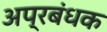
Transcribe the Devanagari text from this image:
अप्रबंधक